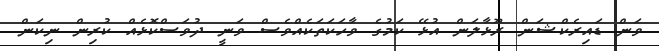
ވަން ޑައިރެކްޝަން ރޫޅާލަން އުޅޭ ކަމުގެ ވާހަކަތަކެއްވެސް ވަނީ ދުވަސްކޮޅެއް ކުރިން ނިކަން